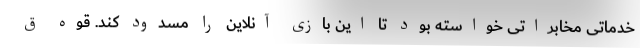
خدماتی مخابراتی خواسته بود تا این بازی آنلاین را مسدود کند. قوه ق